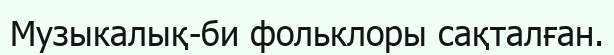
Музыкалық-би фольклоры сақталған.